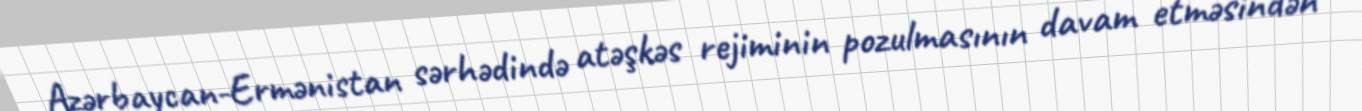
Azərbaycan-Ermənistan sərhədində atəşkəs rejiminin pozulmasının davam etməsindən